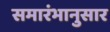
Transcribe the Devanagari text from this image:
समारंभानुसार